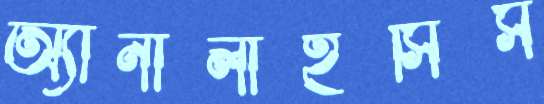
অ্যানালাইসিস